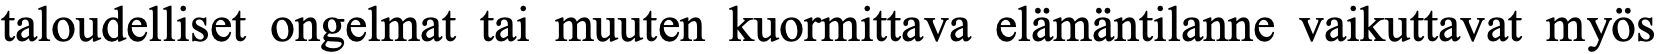
taloudelliset ongelmat tai muuten kuormittava elämäntilanne vaikuttavat myös